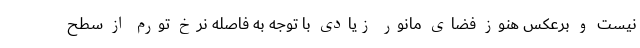
نیست و برعکس هنوز فضای مانور زیادی با توجه به فاصله نرخ تورم از سطح